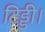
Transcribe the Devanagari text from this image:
टिड्डी।